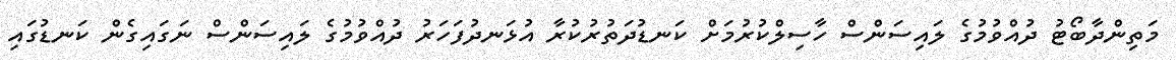
މަތިންދާބޯޓު ދުއްވުމުގެ ލައިސަންސް ހާސިލްކުރުމަށް ކަނޑުދަތުރުކުރާ އުޅަނދުފަހަރު ދުއްވުމުގެ ލައިސަންސް ނަގައިގެން ކަނޑުގައި